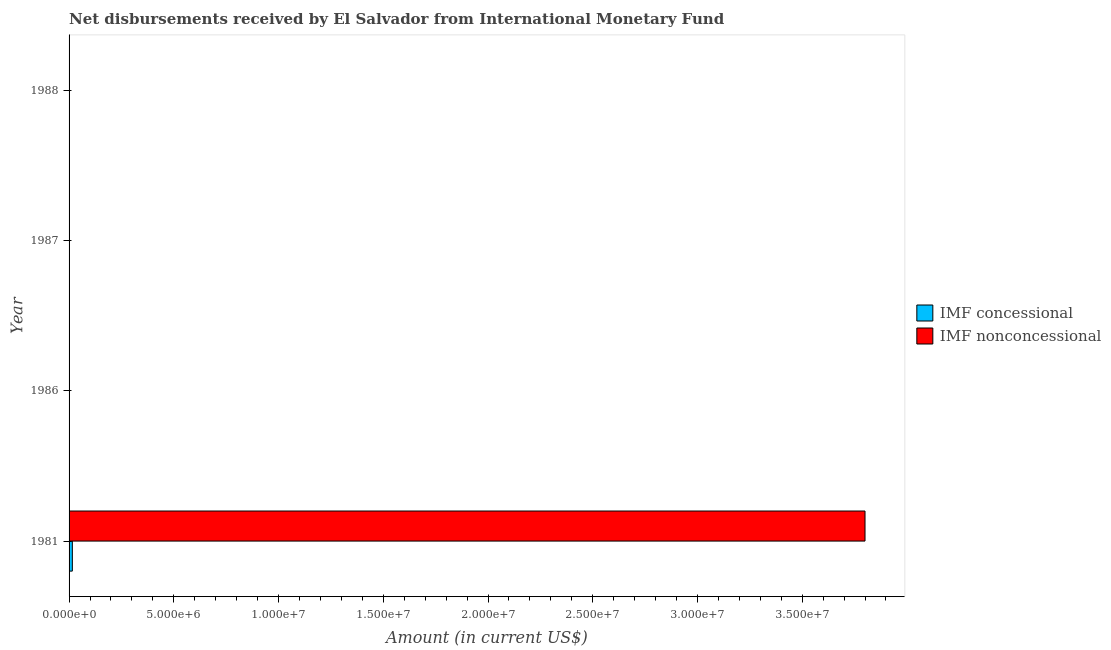
| Year | IMF concessional | IMF nonconcessional |
 | --- | --- | --- |
 | 1981 | 1.56e+05 | 3.8e+07 |
 | 1986 | -4.59e+06 | -5.38e+07 |
 | 1987 | -5.12e+06 | -4.09e+07 |
 | 1988 | -5.26e+06 | -5.21e+06 |